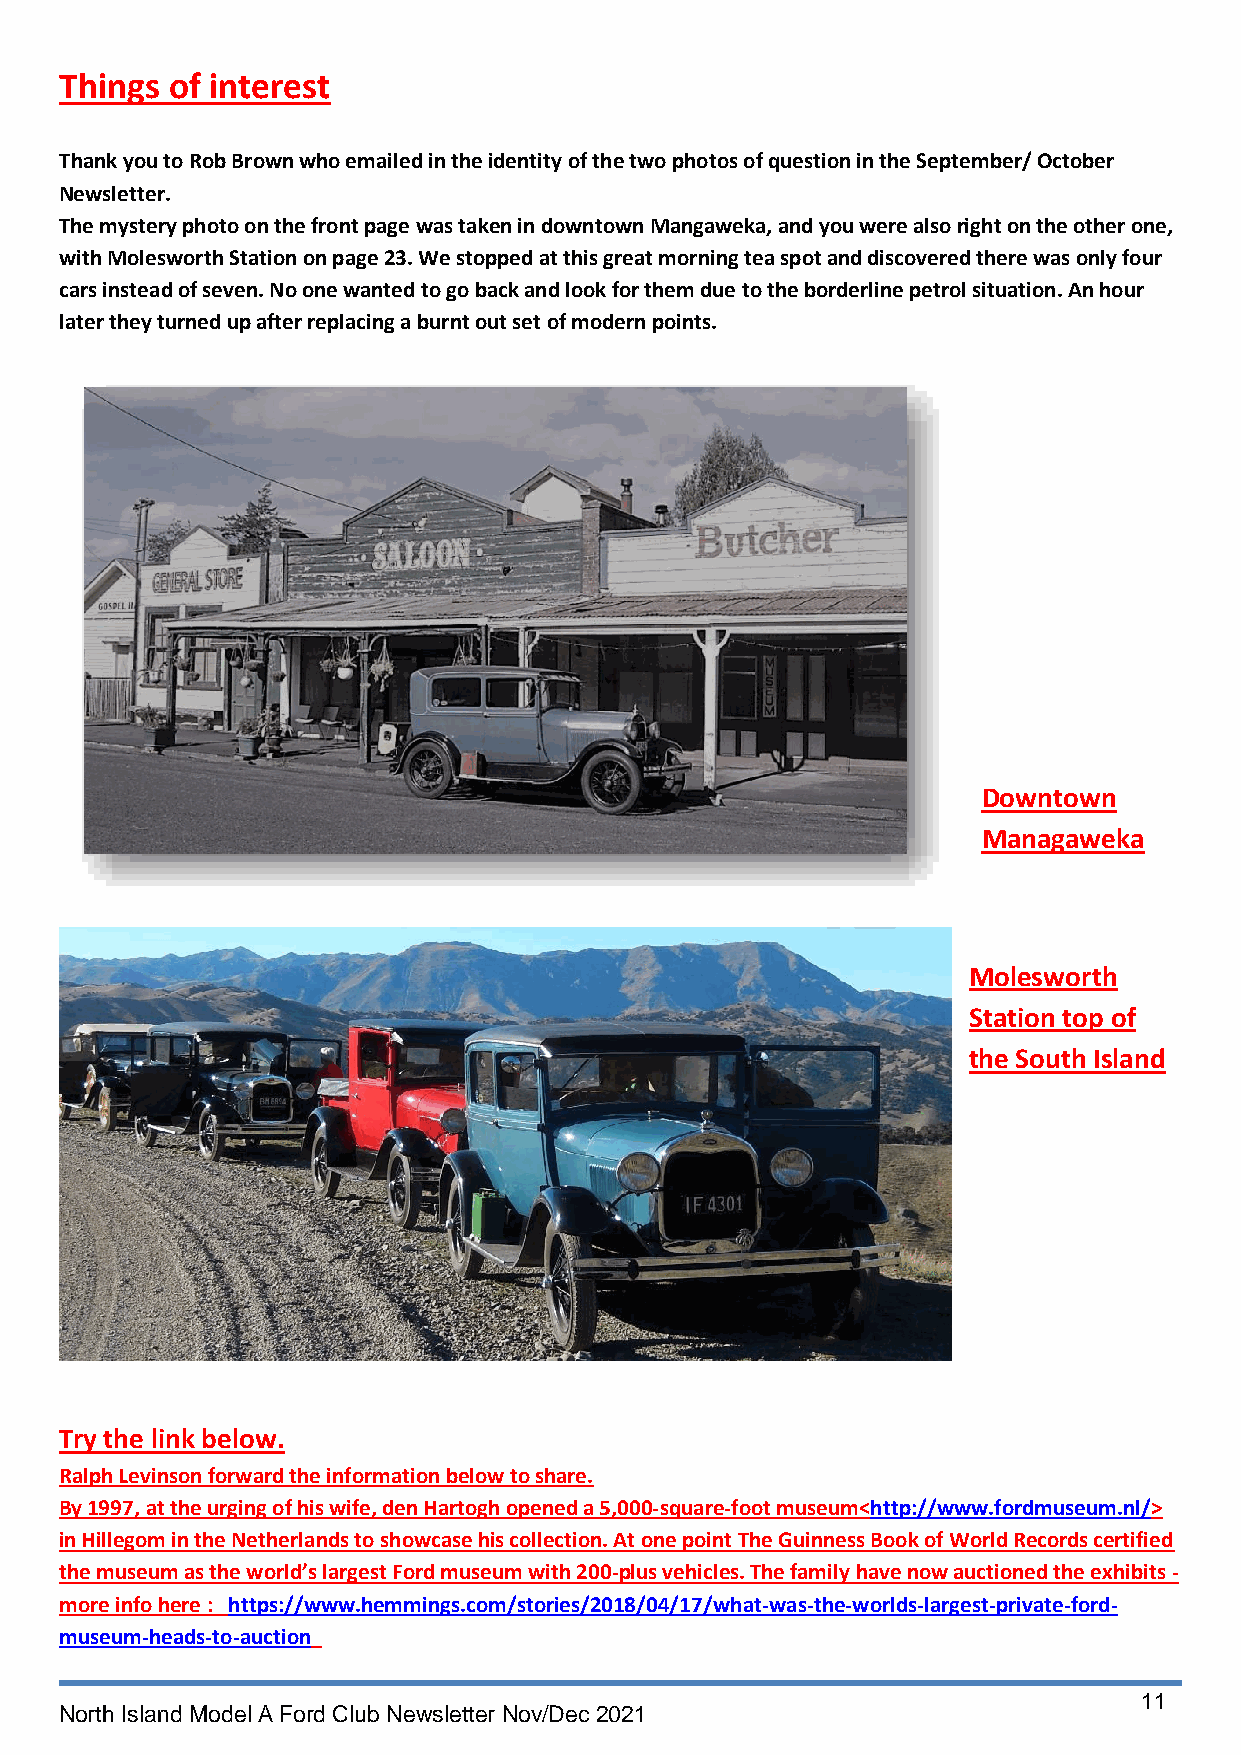
Things of interest
 Thank you to Rob Brown who emailed in the identity of the two photos of question in the September/ October
 Newsletter.
 The mystery photo on the front page was taken in downtown Mangaweka, and you were also right on the other one,
 with Molesworth Station on page 23. We stopped at this great morning tea spot and discovered there was only four
 cars instead of seven. No one wanted to go back and look for them due to the borderline petrol situation. An hour
 later they turned up after replacing a burnt out set of modern points.
 Downtown
 Managaweka
 Molesworth
 Station top of
 the South Island
 Try the link below.
 Ralph Levinson forward the information below to share.
 By 1997, at the urging of his wife, den Hartogh opened a 5,000-square-foot museum<http://www.fordmuseum.nl/>
 in Hillegom in the Netherlands to showcase his collection. At one point The Guinness Book of World Records certified
 the museum as the world’s largest Ford museum with 200-plus vehicles. The family have now auctioned the exhibits -
 more info here : https://www.hemmings.com/stories/2018/04/17/what-was-the-worlds-largest-private-ford-
 museum-heads-to-auction
 11
 North Island Model A Ford Club Newsletter Nov/Dec 2021